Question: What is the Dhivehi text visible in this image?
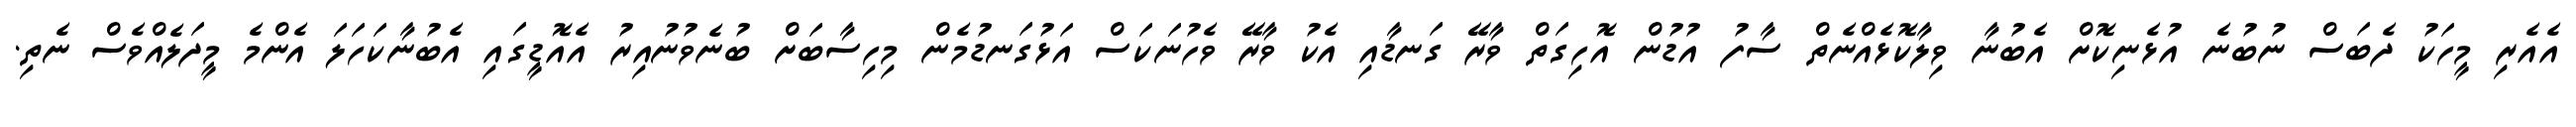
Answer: އެއެރި މީހަކު ދެބަސް ނުބުނެ އުޅެނިކޮށް އެބުނާ ވިލާކޮޅެއްނެތް ސާފު އުޑުން އޮހިގަތް ވާރޭ ގަނޑާއި އެކު ވާރޭ ވެހުނަކަސް އަޅުގަނޑުމެން މިހިސާބަށް ބުނެވުނުއިރު އެއޮޑީގައި އެބުނާކަހަލަ އެންމެ މީދަލެއްވެސް ނެތި.